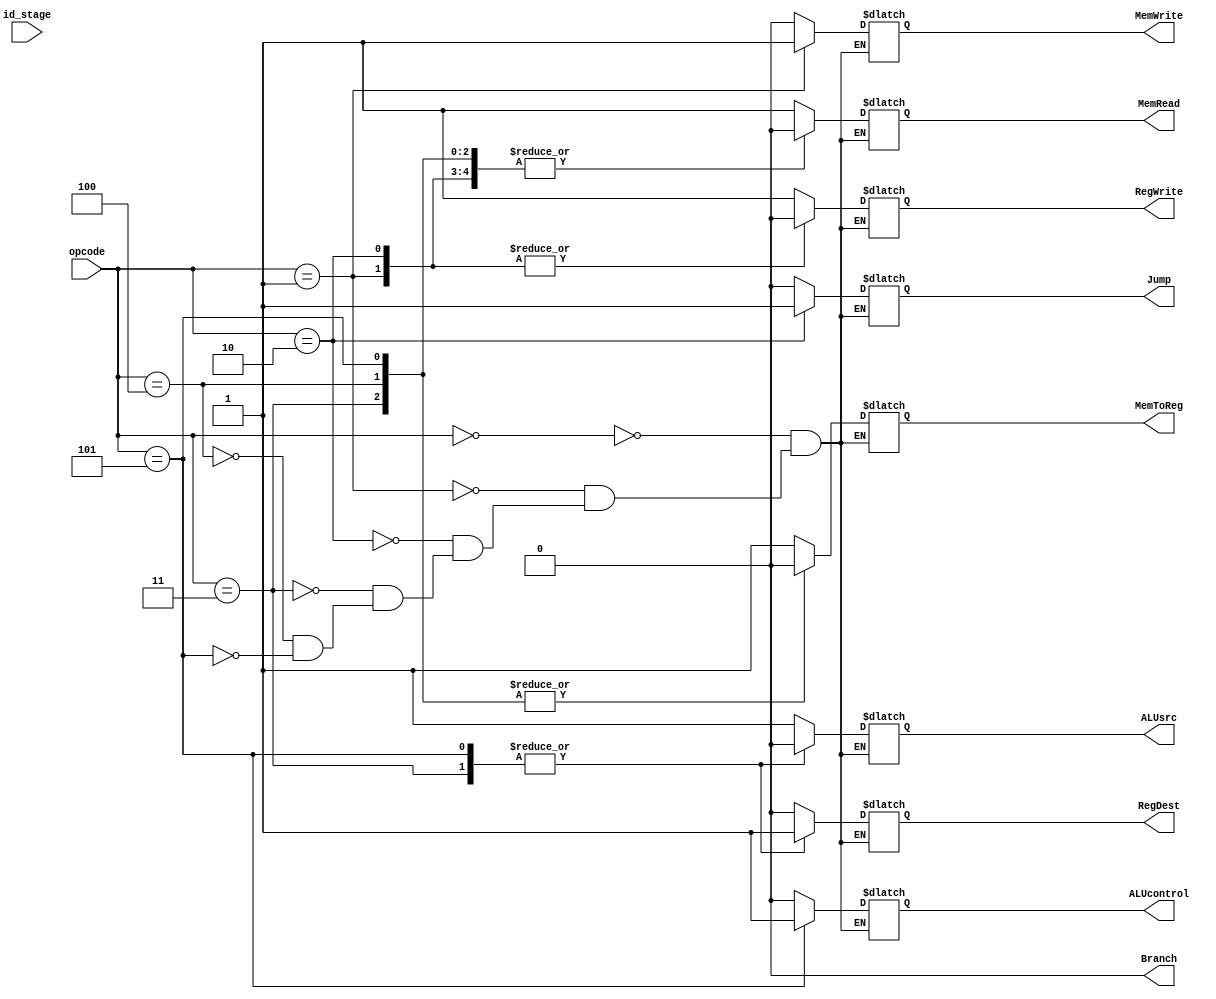
`timescale 1ns / 1ps
module control_unit(
    input id_stage,
    input [2:0] opcode,
    
    output RegDest,
    output ALUsrc,
    output MemToReg,
    output RegWrite,
    output MemRead,
    output MemWrite,
    output Branch,
    output Jump,
    output ALUcontrol // 0 for add, 1 for subtract
    );
    reg RegDest_temp, ALUsrc_temp, MemToReg_temp, RegWrite_temp, MemRead_temp, MemWrite_temp, Branch_temp;
    reg Jump_temp, ALUcontrol_temp;
    
    initial
    begin
        RegDest_temp=0; ALUsrc_temp=0; MemToReg_temp=0; RegWrite_temp=0; MemRead_temp=0; MemWrite_temp=0;
        Branch_temp=0; Jump_temp=0; ALUcontrol_temp=0;
    end
    
    always @(id_stage)
    begin   // RegDest, Branch not used
        //RegDest_temp=RegDest; ALUsrc_temp=ALUsrc; MemToReg_temp=MemToReg; RegWrite_temp=RegWrite; 
        //MemRead_temp=MemRead; MemWrite_temp=MemWrite; Branch_temp=Branch; Jump_temp=Jump; ALUcontrol_temp=ALUcontrol;
        case(opcode)
            3'b000: begin // lw
                        RegDest_temp=0; ALUsrc_temp=1; MemToReg_temp=1; RegWrite_temp=1; MemRead_temp=1; 
                        MemWrite_temp=0; Branch_temp=0; Jump_temp=0; ALUcontrol_temp=0;
                    end
            3'b001: begin // sw
                        RegDest_temp=1'bz; ALUsrc_temp=1; MemToReg_temp=1'bz; RegWrite_temp=0; MemRead_temp=0; 
                        MemWrite_temp=1; Branch_temp=0; Jump_temp=0; ALUcontrol_temp=0;
                    end
            3'b010: begin // jmp
                        RegDest_temp=1'bz; ALUsrc_temp=1'bz; MemToReg_temp=1'bz; RegWrite_temp=0; MemRead_temp=0; 
                        MemWrite_temp=0; Branch_temp=0; Jump_temp=1; ALUcontrol_temp=1'bz;
                    end
            3'b011: begin // add
                        RegDest_temp=1'b1; ALUsrc_temp=0; MemToReg_temp=0; RegWrite_temp=1; MemRead_temp=0; 
                        MemWrite_temp=0; Branch_temp=0; Jump_temp=0; ALUcontrol_temp=0;
                    end 
            3'b100: begin // addi
                        RegDest_temp=0; ALUsrc_temp=1; MemToReg_temp=0; RegWrite_temp=1; MemRead_temp=0; 
                        MemWrite_temp=0; Branch_temp=0; Jump_temp=0; ALUcontrol_temp=0;
                    end
            3'b101: begin // sub
                        RegDest_temp=1'b1; ALUsrc_temp=0; MemToReg_temp=0; RegWrite_temp=1; MemRead_temp=0; 
                        MemWrite_temp=0; Branch_temp=0; Jump_temp=0; ALUcontrol_temp=1;
                    end         
        endcase
    end
    
    assign RegDest = RegDest_temp;
    assign ALUsrc = ALUsrc_temp;
    assign MemToReg = MemToReg_temp;
    assign RegWrite = RegWrite_temp;
    assign MemRead = MemRead_temp;
    assign MemWrite = MemWrite_temp;
    assign Branch = Branch_temp;
    assign Jump = Jump_temp;
    assign ALUcontrol = ALUcontrol_temp;
endmodule